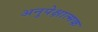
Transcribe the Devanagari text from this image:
अनुपेक्षात्मक